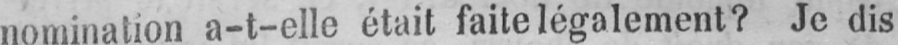
nomination a-t-elle était faite légalement? Je dis